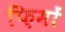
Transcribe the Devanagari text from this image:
फ़िमों